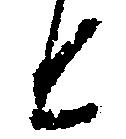
と